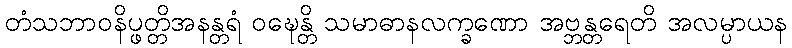
တံသဘာဝနိပ္ဖတ္တိအနန္တရံ ဝဍ္ဎေန္တိ သမာဓာနလက္ခဏော အဗ္ဘန္တရေတိ အလမ္ပာယန